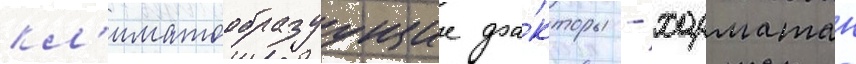
кл'иматообразуущие фа́кторы - харматан